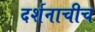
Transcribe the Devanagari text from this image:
दर्शनाचीच